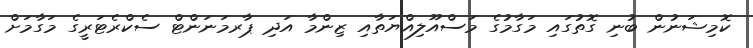
ކޮމިޝަނުން ބުނި ގޮތުގައި މަގާމުގެ މަސްއޫލިއްޔަތާއި ޒިންމާ އަދި ޕާރމަނަންޓް ސެކްރެޓަރީގެ މަގާމަށް